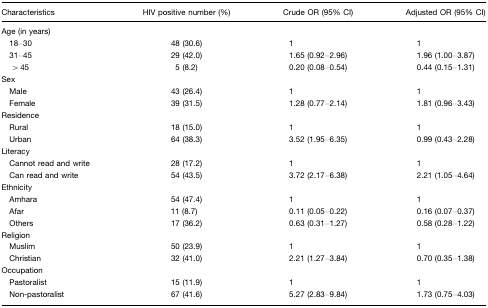
<table><thead><tr><td><b>Characteristics</b></td><td><b>HIV positive number (%)</b></td><td><b>Crude OR (95% CI)</b></td><td><b>Adjusted OR (95% CI)</b></td></tr></thead><tbody><tr><td>Age (in years)</td><td></td><td></td><td></td></tr><tr><td> 18–30</td><td>48 (30.6)</td><td>1</td><td>1</td></tr><tr><td> 31–45</td><td>29 (42.0)</td><td>1.65 (0.92–2.96)</td><td>1.96 (1.00–3.87)</td></tr><tr><td>&gt; 45</td><td>5 (8.2)</td><td>0.20 (0.08–0.54)</td><td>0.44 (0.15–1.31)</td></tr><tr><td>Sex</td><td></td><td></td><td></td></tr><tr><td> Male</td><td>43 (26.4)</td><td>1</td><td>1</td></tr><tr><td> Female</td><td>39 (31.5)</td><td>1.28 (0.77–2.14)</td><td>1.81 (0.96–3.43)</td></tr><tr><td>Residence</td><td></td><td></td><td></td></tr><tr><td> Rural</td><td>18 (15.0)</td><td>1</td><td>1</td></tr><tr><td> Urban</td><td>64 (38.3)</td><td>3.52 (1.95–6.35)</td><td>0.99 (0.43–2.28)</td></tr><tr><td>Literacy</td><td></td><td></td><td></td></tr><tr><td> Cannot read and write</td><td>28 (17.2)</td><td>1</td><td>1</td></tr><tr><td> Can read and write</td><td>54 (43.5)</td><td>3.72 (2.17–6.38)</td><td>2.21 (1.05–4.64)</td></tr><tr><td>Ethnicity</td><td></td><td></td><td></td></tr><tr><td> Amhara</td><td>54 (47.4)</td><td>1</td><td>1</td></tr><tr><td> Afar</td><td>11 (8.7)</td><td>0.11 (0.05–0.22)</td><td>0.16 (0.07–0.37)</td></tr><tr><td> Others</td><td>17 (36.2)</td><td>0.63 (0.31–1.27)</td><td>0.58 (0.28–1.22)</td></tr><tr><td>Religion</td><td></td><td></td><td></td></tr><tr><td> Muslim</td><td>50 (23.9)</td><td>1</td><td>1</td></tr><tr><td> Christian</td><td>32 (41.0)</td><td>2.21 (1.27–3.84)</td><td>0.70 (0.35–1.38)</td></tr><tr><td>Occupation</td><td></td><td></td><td></td></tr><tr><td> Pastoralist</td><td>15 (11.9)</td><td>1</td><td>1</td></tr><tr><td> Non-pastoralist</td><td>67 (41.6)</td><td>5.27 (2.83–9.84)</td><td>1.73 (0.75–4.03)</td></tr></tbody></table>